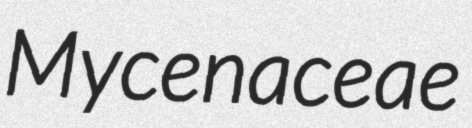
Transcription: Mycenaceae